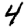
Digit: 4